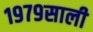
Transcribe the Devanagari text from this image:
१९७९साली